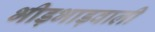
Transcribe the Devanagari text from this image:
भीड़भाड़वाली